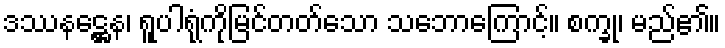
ဒဿနဋ္ဌေန၊ ရူပါရုံကိုမြင်တတ်သော သဘောကြောင့်။ စက္ခု၊ မည်၏။